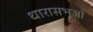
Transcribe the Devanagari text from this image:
धारासभओं